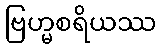
ဗြဟ္မစရိယဿ